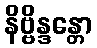
နိဗ္ဗိန္ဒန္တော